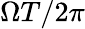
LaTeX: \Omega T/2\pi